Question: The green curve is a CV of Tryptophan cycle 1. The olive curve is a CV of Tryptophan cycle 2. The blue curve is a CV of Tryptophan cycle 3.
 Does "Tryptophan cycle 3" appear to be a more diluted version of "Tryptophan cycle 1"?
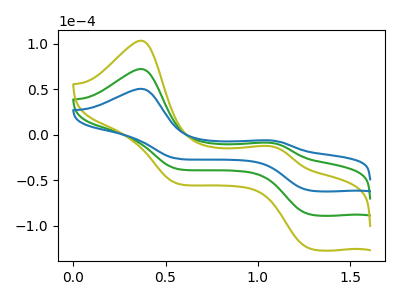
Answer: <think>The green curve "Tryptophan cycle 1" has anodic peaks at (0.35V, 72.35uA) (1.05V, -8.60uA) and cathodic peaks at (1.30V, -87.10uA) (0.55V, -37.20uA). The olive curve "Tryptophan cycle 2" has anodic peaks at (0.35V, 144.65uA) (1.05V, -17.25uA) and cathodic peaks at (1.30V, -174.20uA) (0.55V, -74.45uA). The blue curve "Tryptophan cycle 3" has anodic peaks at (0.35V, 50.55uA) (1.05V, -6.05uA) and cathodic peaks at (1.30V, -60.90uA) (0.55V, -26.05uA).
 All the peaks in "Tryptophan cycle 3" have a peak in "Tryptophan cycle 1" at the same potential.</think>
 <answer>I cant tell if "Tryptophan cycle 3" or "Tryptophan cycle 1" has higher concentration.</answer>
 <eval>mixed_concentration</eval>